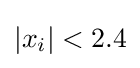
|x_{i}|<2.4